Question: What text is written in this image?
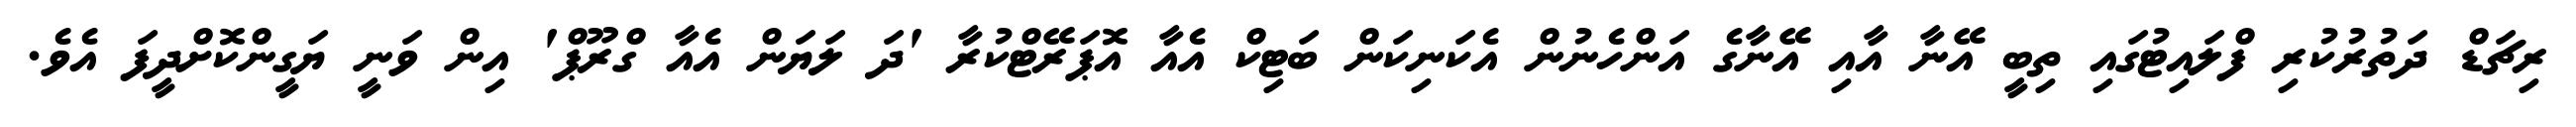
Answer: ރިޗަޑް ދަތުރުކުރި ފްލައިޓުގައި ތިބީ އޭނާ އާއި އޭނާގެ އަންހެނުން އެކަނިކަން ބަޓިކް އެއާ އޮޕަރޭޓްކުރާ 'ދަ ލަޔަން އެއާ ގްރޫޕް' އިން ވަނީ ޔަގީންކޮށްދީފަ އެވެ.